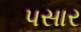
પસાર